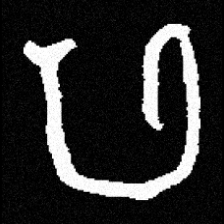
Pyu character \u2014 Myanmar letter: ဖ (romanized: pha)